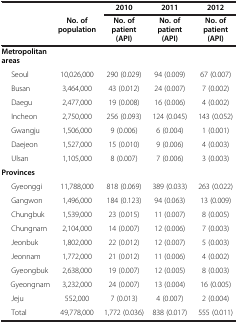
|  |  | 2010 | 2011 | 2012 |
 |  | No. of population | No. of patient (API) | No. of patient (API) | No. of patient (API) |
 | --- | --- | --- | --- | --- |
 | Metropolitan areas |  |  |  |  |
 | Seoul | 10,026,000 | 290 (0.029) | 94 (0.009) | 67 (0.007) |
 | Busan | 3,464,000 | 43 (0.012) | 24 (0.007) | 7 (0.002) |
 | Daegu | 2,477,000 | 19 (0.008) | 16 (0.006) | 4 (0.002) |
 | Incheon | 2,750,000 | 256 (0.093) | 124 (0.045) | 143 (0.052) |
 | Gwangju | 1,506,000 | 9 (0.006) | 6 (0.004) | 1 (0.001) |
 | Daejeon | 1,527,000 | 15 (0.010) | 9 (0.006) | 4 (0.003) |
 | Ulsan | 1,105,000 | 8 (0.007) | 7 (0.006) | 3 (0.003) |
 | Provinces |  |  |  |  |
 | Gyeonggi | 11,788,000 | 818 (0.069) | 389 (0.033) | 263 (0.022) |
 | Gangwon | 1,496,000 | 184 (0.123) | 94 (0.063) | 13 (0.009) |
 | Chungbuk | 1,539,000 | 23 (0.015) | 11 (0.007) | 8 (0.005) |
 | Chungnam | 2,104,000 | 14 (0.007) | 12 (0.006) | 7 (0.003) |
 | Jeonbuk | 1,802,000 | 22 (0.012) | 12 (0.007) | 5 (0.003) |
 | Jeonnam | 1,772,000 | 21 (0.012) | 11 (0.006) | 4 (0.002) |
 | Gyeongbuk | 2,638,000 | 19 (0.007) | 12 (0.005) | 8 (0.003) |
 | Gyeongnam | 3,232,000 | 24 (0.007) | 13 (0.004) | 16 (0.005) |
 | Jeju | 552,000 | 7 (0.013) | 4 (0.007) | 2 (0.004) |
 | Total | 49,778,000 | 1,772 (0.036) | 838 (0.017) | 555 (0.011) |